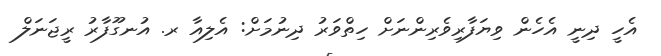
އެހީ ދިނީ އެހެން ވިޔަފާރިވެރިންނަށް ހިތްވަރު ދިނުމަށް: އެލިއާ ރ. އުނގޫފާރު ރީޖަނަލް